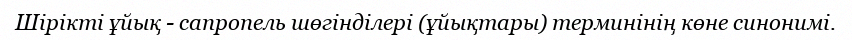
Шірікті ұйық - сапропель шөгінділері (ұйықтары) терминінің көне синонимі.